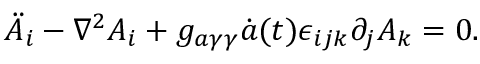
\begin{array} { r } { \ddot { A } _ { i } - \nabla ^ { 2 } A _ { i } + g _ { a \gamma \gamma } \dot { a } ( t ) \epsilon _ { i j k } \partial _ { j } A _ { k } = 0 . } \end{array}